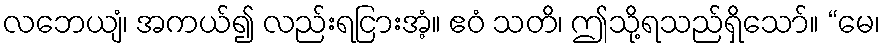
လဘေယျံ၊ အကယ်၍ လည်းရငြားအံ့။ ဧဝံ သတိ၊ ဤသို့ရသည်ရှိသော်။ “မေ၊